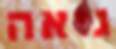
גיאה